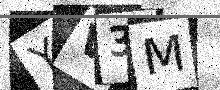
Text: YV3M